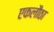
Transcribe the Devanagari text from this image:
एकलौठा